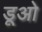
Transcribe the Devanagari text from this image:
डूओ